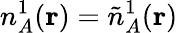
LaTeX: n_{A}^{1}(\mathbf{r})=\tilde{n}_{A}^{1}(\mathbf{r})